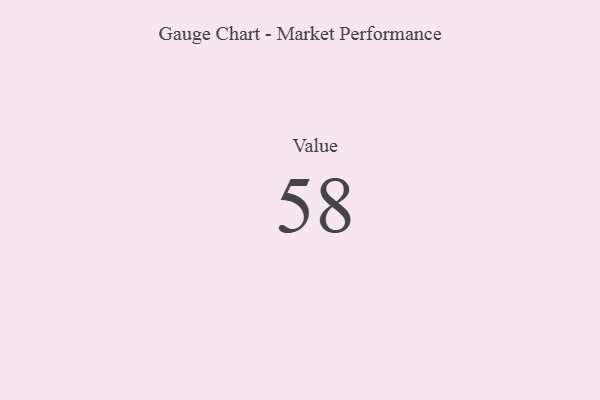
{"axis": {"x": "Metric", "y": "Value"}, "legend": [""], "data": [{"x": "Value", "y": 58, "type": ""}]}